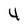
Character: 4